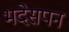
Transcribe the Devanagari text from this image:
भदेसपन